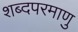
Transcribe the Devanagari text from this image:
शब्दपरमाणु